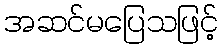
အဆင်မပြေသဖြင့်